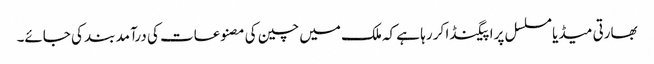
بھارتی میڈیا مسلسل پراپیگنڈا کر رہا ہے کہ ملک میں چین کی مصنوعات کی درآمد بند کی جائے۔